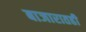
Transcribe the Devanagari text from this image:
बाजारातही